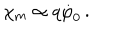
LaTeX: \chi _ { \mathrm { m } } \propto q \dot { \varphi } _ { 0 } \, .